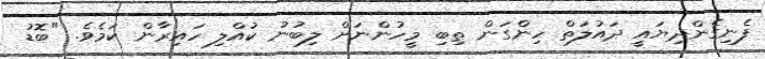
ފެނިގެންދިޔައީ ދައުލަތް ހިންގަން ތިބި މީހުންނަށް ލިބުނު ކުއްލި ހައިރާން ކަމެވެ. "ބޮޑު